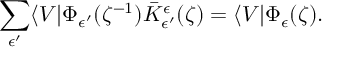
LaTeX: \sum _ { \epsilon ^ { \prime } } \langle V | \Phi _ { \epsilon ^ { \prime } } ( \zeta ^ { - 1 } ) \bar { K } _ { \epsilon ^ { \prime } } ^ { \epsilon } ( \zeta ) = \langle V | \Phi _ { \epsilon } ( \zeta ) .